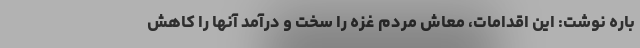
باره نوشت: این اقدامات، معاش مردم غزه را سخت و درآمد آنها را کاهش